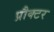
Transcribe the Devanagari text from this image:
प्रौक्टर